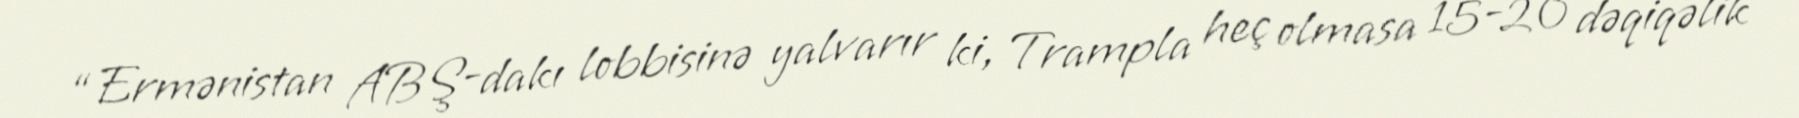
“Ermənistan ABŞ-dakı lobbisinə yalvarır ki, Trampla heç olmasa 15-20 dəqiqəlik